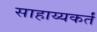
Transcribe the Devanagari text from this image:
साहाय्यकर्तं